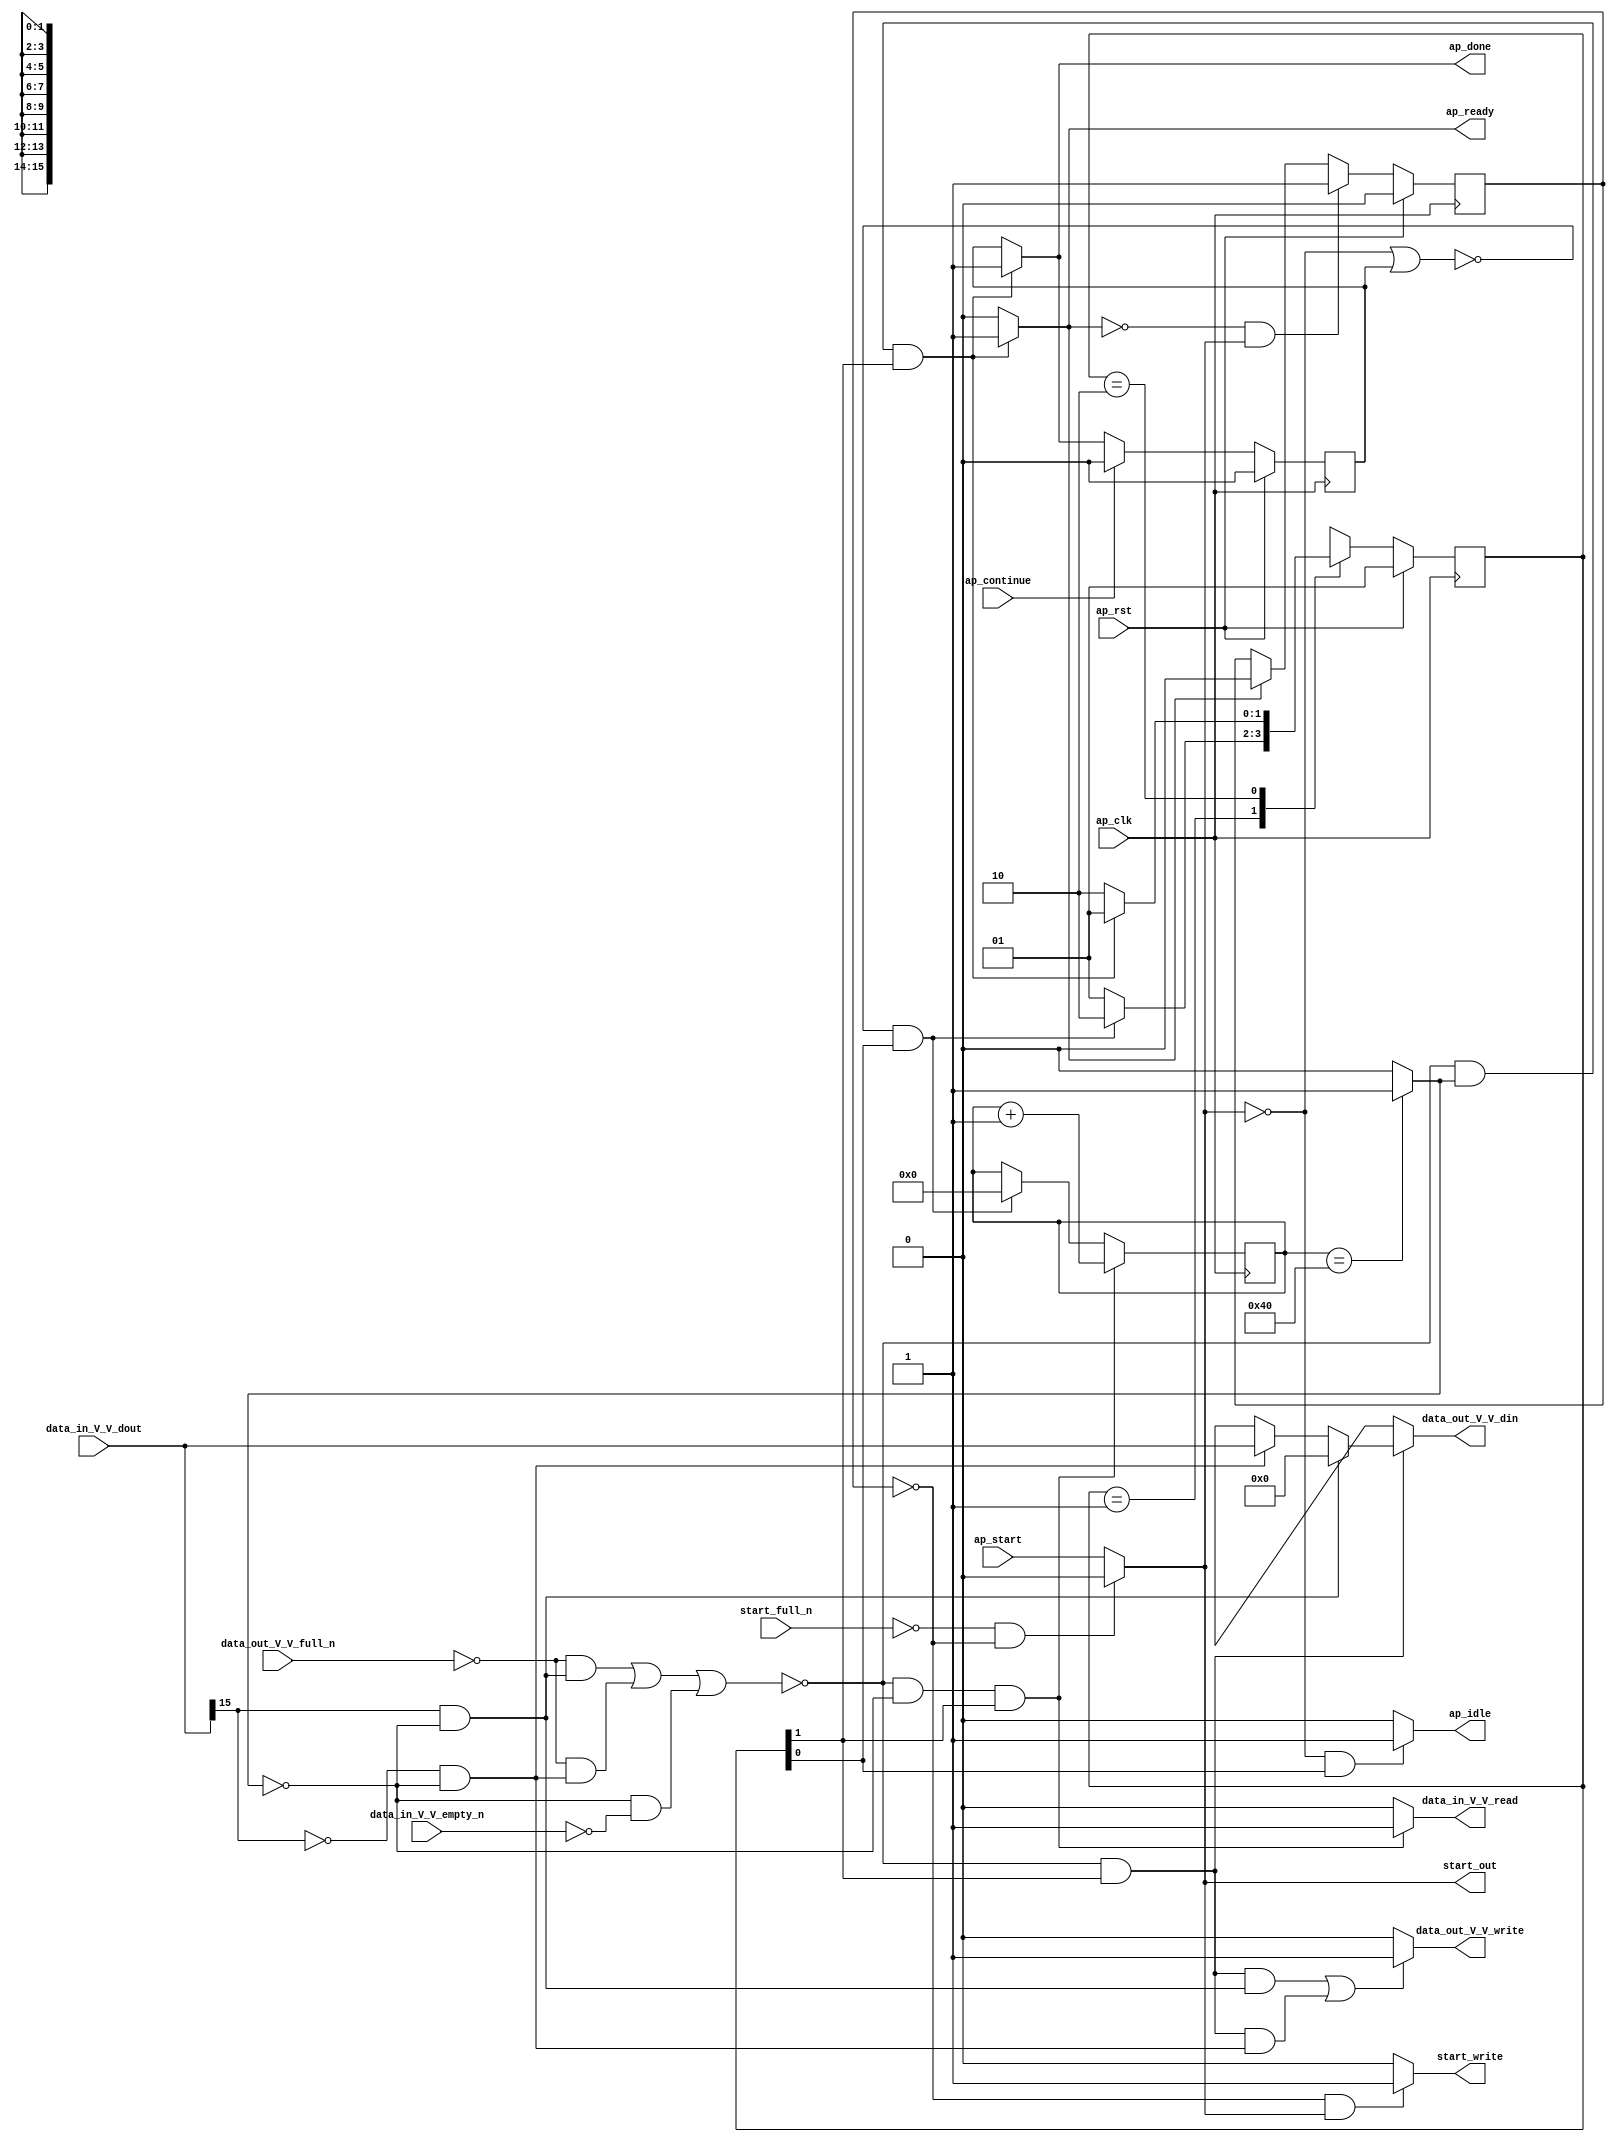
// ==============================================================
// RTL generated by Vivado(TM) HLS - High-Level Synthesis from C, C++ and SystemC
// Version: 2017.4
// Copyright (C) 1986-2017 Xilinx, Inc. All Rights Reserved.
// 
// ===========================================================

`timescale 1 ns / 1 ps 

module relu (
        ap_clk,
        ap_rst,
        ap_start,
        start_full_n,
        ap_done,
        ap_continue,
        ap_idle,
        ap_ready,
        start_out,
        start_write,
        data_in_V_V_dout,
        data_in_V_V_empty_n,
        data_in_V_V_read,
        data_out_V_V_din,
        data_out_V_V_full_n,
        data_out_V_V_write
);

parameter    ap_ST_fsm_state1 = 2'd1;
parameter    ap_ST_fsm_state2 = 2'd2;

input   ap_clk;
input   ap_rst;
input   ap_start;
input   start_full_n;
output   ap_done;
input   ap_continue;
output   ap_idle;
output   ap_ready;
output   start_out;
output   start_write;
input  [15:0] data_in_V_V_dout;
input   data_in_V_V_empty_n;
output   data_in_V_V_read;
output  [15:0] data_out_V_V_din;
input   data_out_V_V_full_n;
output   data_out_V_V_write;

reg ap_done;
reg ap_idle;
reg start_write;
reg data_in_V_V_read;
reg[15:0] data_out_V_V_din;
reg data_out_V_V_write;

reg    real_start;
reg    start_once_reg;
reg    ap_done_reg;
(* fsm_encoding = "none" *) reg   [1:0] ap_CS_fsm;
wire    ap_CS_fsm_state1;
reg    internal_ap_ready;
reg    data_in_V_V_blk_n;
wire    ap_CS_fsm_state2;
wire   [0:0] exitcond_fu_84_p2;
reg    data_out_V_V_blk_n;
wire   [0:0] tmp_fu_96_p3;
wire   [6:0] ii_1_fu_90_p2;
reg    ap_predicate_op14_write_state2;
reg    ap_predicate_op16_write_state2;
reg    ap_block_state2;
reg   [6:0] ii_reg_73;
reg    ap_block_state1;
reg   [1:0] ap_NS_fsm;
reg    ap_condition_81;

// power-on initialization
initial begin
#0 start_once_reg = 1'b0;
#0 ap_done_reg = 1'b0;
#0 ap_CS_fsm = 2'd1;
end

always @ (posedge ap_clk) begin
    if (ap_rst == 1'b1) begin
        ap_CS_fsm <= ap_ST_fsm_state1;
    end else begin
        ap_CS_fsm <= ap_NS_fsm;
    end
end

always @ (posedge ap_clk) begin
    if (ap_rst == 1'b1) begin
        ap_done_reg <= 1'b0;
    end else begin
        if ((ap_continue == 1'b1)) begin
            ap_done_reg <= 1'b0;
        end else if ((~(((data_out_V_V_full_n == 1'b0) & (ap_predicate_op16_write_state2 == 1'b1)) | ((data_out_V_V_full_n == 1'b0) & (ap_predicate_op14_write_state2 == 1'b1)) | ((exitcond_fu_84_p2 == 1'd0) & (data_in_V_V_empty_n == 1'b0))) & (exitcond_fu_84_p2 == 1'd1) & (1'b1 == ap_CS_fsm_state2))) begin
            ap_done_reg <= 1'b1;
        end
    end
end

always @ (posedge ap_clk) begin
    if (ap_rst == 1'b1) begin
        start_once_reg <= 1'b0;
    end else begin
        if (((internal_ap_ready == 1'b0) & (real_start == 1'b1))) begin
            start_once_reg <= 1'b1;
        end else if ((internal_ap_ready == 1'b1)) begin
            start_once_reg <= 1'b0;
        end
    end
end

always @ (posedge ap_clk) begin
    if ((~(((data_out_V_V_full_n == 1'b0) & (ap_predicate_op16_write_state2 == 1'b1)) | ((data_out_V_V_full_n == 1'b0) & (ap_predicate_op14_write_state2 == 1'b1)) | ((exitcond_fu_84_p2 == 1'd0) & (data_in_V_V_empty_n == 1'b0))) & (exitcond_fu_84_p2 == 1'd0) & (1'b1 == ap_CS_fsm_state2))) begin
        ii_reg_73 <= ii_1_fu_90_p2;
    end else if ((~((real_start == 1'b0) | (ap_done_reg == 1'b1)) & (1'b1 == ap_CS_fsm_state1))) begin
        ii_reg_73 <= 7'd0;
    end
end

always @ (*) begin
    if ((~(((data_out_V_V_full_n == 1'b0) & (ap_predicate_op16_write_state2 == 1'b1)) | ((data_out_V_V_full_n == 1'b0) & (ap_predicate_op14_write_state2 == 1'b1)) | ((exitcond_fu_84_p2 == 1'd0) & (data_in_V_V_empty_n == 1'b0))) & (exitcond_fu_84_p2 == 1'd1) & (1'b1 == ap_CS_fsm_state2))) begin
        ap_done = 1'b1;
    end else begin
        ap_done = ap_done_reg;
    end
end

always @ (*) begin
    if (((real_start == 1'b0) & (1'b1 == ap_CS_fsm_state1))) begin
        ap_idle = 1'b1;
    end else begin
        ap_idle = 1'b0;
    end
end

always @ (*) begin
    if (((exitcond_fu_84_p2 == 1'd0) & (1'b1 == ap_CS_fsm_state2))) begin
        data_in_V_V_blk_n = data_in_V_V_empty_n;
    end else begin
        data_in_V_V_blk_n = 1'b1;
    end
end

always @ (*) begin
    if ((~(((data_out_V_V_full_n == 1'b0) & (ap_predicate_op16_write_state2 == 1'b1)) | ((data_out_V_V_full_n == 1'b0) & (ap_predicate_op14_write_state2 == 1'b1)) | ((exitcond_fu_84_p2 == 1'd0) & (data_in_V_V_empty_n == 1'b0))) & (exitcond_fu_84_p2 == 1'd0) & (1'b1 == ap_CS_fsm_state2))) begin
        data_in_V_V_read = 1'b1;
    end else begin
        data_in_V_V_read = 1'b0;
    end
end

always @ (*) begin
    if ((((tmp_fu_96_p3 == 1'd1) & (exitcond_fu_84_p2 == 1'd0) & (1'b1 == ap_CS_fsm_state2)) | ((tmp_fu_96_p3 == 1'd0) & (exitcond_fu_84_p2 == 1'd0) & (1'b1 == ap_CS_fsm_state2)))) begin
        data_out_V_V_blk_n = data_out_V_V_full_n;
    end else begin
        data_out_V_V_blk_n = 1'b1;
    end
end

always @ (*) begin
    if ((1'b1 == ap_condition_81)) begin
        if ((ap_predicate_op16_write_state2 == 1'b1)) begin
            data_out_V_V_din = 16'd0;
        end else if ((ap_predicate_op14_write_state2 == 1'b1)) begin
            data_out_V_V_din = data_in_V_V_dout;
        end else begin
            data_out_V_V_din = 'bx;
        end
    end else begin
        data_out_V_V_din = 'bx;
    end
end

always @ (*) begin
    if (((~(((data_out_V_V_full_n == 1'b0) & (ap_predicate_op16_write_state2 == 1'b1)) | ((data_out_V_V_full_n == 1'b0) & (ap_predicate_op14_write_state2 == 1'b1)) | ((exitcond_fu_84_p2 == 1'd0) & (data_in_V_V_empty_n == 1'b0))) & (1'b1 == ap_CS_fsm_state2) & (ap_predicate_op16_write_state2 == 1'b1)) | (~(((data_out_V_V_full_n == 1'b0) & (ap_predicate_op16_write_state2 == 1'b1)) | ((data_out_V_V_full_n == 1'b0) & (ap_predicate_op14_write_state2 == 1'b1)) | ((exitcond_fu_84_p2 == 1'd0) & (data_in_V_V_empty_n == 1'b0))) & (1'b1 == ap_CS_fsm_state2) & (ap_predicate_op14_write_state2 == 1'b1)))) begin
        data_out_V_V_write = 1'b1;
    end else begin
        data_out_V_V_write = 1'b0;
    end
end

always @ (*) begin
    if ((~(((data_out_V_V_full_n == 1'b0) & (ap_predicate_op16_write_state2 == 1'b1)) | ((data_out_V_V_full_n == 1'b0) & (ap_predicate_op14_write_state2 == 1'b1)) | ((exitcond_fu_84_p2 == 1'd0) & (data_in_V_V_empty_n == 1'b0))) & (exitcond_fu_84_p2 == 1'd1) & (1'b1 == ap_CS_fsm_state2))) begin
        internal_ap_ready = 1'b1;
    end else begin
        internal_ap_ready = 1'b0;
    end
end

always @ (*) begin
    if (((start_full_n == 1'b0) & (start_once_reg == 1'b0))) begin
        real_start = 1'b0;
    end else begin
        real_start = ap_start;
    end
end

always @ (*) begin
    if (((start_once_reg == 1'b0) & (real_start == 1'b1))) begin
        start_write = 1'b1;
    end else begin
        start_write = 1'b0;
    end
end

always @ (*) begin
    case (ap_CS_fsm)
        ap_ST_fsm_state1 : begin
            if ((~((real_start == 1'b0) | (ap_done_reg == 1'b1)) & (1'b1 == ap_CS_fsm_state1))) begin
                ap_NS_fsm = ap_ST_fsm_state2;
            end else begin
                ap_NS_fsm = ap_ST_fsm_state1;
            end
        end
        ap_ST_fsm_state2 : begin
            if ((~(((data_out_V_V_full_n == 1'b0) & (ap_predicate_op16_write_state2 == 1'b1)) | ((data_out_V_V_full_n == 1'b0) & (ap_predicate_op14_write_state2 == 1'b1)) | ((exitcond_fu_84_p2 == 1'd0) & (data_in_V_V_empty_n == 1'b0))) & (exitcond_fu_84_p2 == 1'd1) & (1'b1 == ap_CS_fsm_state2))) begin
                ap_NS_fsm = ap_ST_fsm_state1;
            end else if ((~(((data_out_V_V_full_n == 1'b0) & (ap_predicate_op16_write_state2 == 1'b1)) | ((data_out_V_V_full_n == 1'b0) & (ap_predicate_op14_write_state2 == 1'b1)) | ((exitcond_fu_84_p2 == 1'd0) & (data_in_V_V_empty_n == 1'b0))) & (exitcond_fu_84_p2 == 1'd0) & (1'b1 == ap_CS_fsm_state2))) begin
                ap_NS_fsm = ap_ST_fsm_state2;
            end else begin
                ap_NS_fsm = ap_ST_fsm_state2;
            end
        end
        default : begin
            ap_NS_fsm = 'bx;
        end
    endcase
end

assign ap_CS_fsm_state1 = ap_CS_fsm[32'd0];

assign ap_CS_fsm_state2 = ap_CS_fsm[32'd1];

always @ (*) begin
    ap_block_state1 = ((real_start == 1'b0) | (ap_done_reg == 1'b1));
end

always @ (*) begin
    ap_block_state2 = (((data_out_V_V_full_n == 1'b0) & (ap_predicate_op16_write_state2 == 1'b1)) | ((data_out_V_V_full_n == 1'b0) & (ap_predicate_op14_write_state2 == 1'b1)) | ((exitcond_fu_84_p2 == 1'd0) & (data_in_V_V_empty_n == 1'b0)));
end

always @ (*) begin
    ap_condition_81 = (~(((data_out_V_V_full_n == 1'b0) & (ap_predicate_op16_write_state2 == 1'b1)) | ((data_out_V_V_full_n == 1'b0) & (ap_predicate_op14_write_state2 == 1'b1)) | ((exitcond_fu_84_p2 == 1'd0) & (data_in_V_V_empty_n == 1'b0))) & (1'b1 == ap_CS_fsm_state2));
end

always @ (*) begin
    ap_predicate_op14_write_state2 = ((tmp_fu_96_p3 == 1'd0) & (exitcond_fu_84_p2 == 1'd0));
end

always @ (*) begin
    ap_predicate_op16_write_state2 = ((tmp_fu_96_p3 == 1'd1) & (exitcond_fu_84_p2 == 1'd0));
end

assign ap_ready = internal_ap_ready;

assign exitcond_fu_84_p2 = ((ii_reg_73 == 7'd64) ? 1'b1 : 1'b0);

assign ii_1_fu_90_p2 = (ii_reg_73 + 7'd1);

assign start_out = real_start;

assign tmp_fu_96_p3 = data_in_V_V_dout[32'd15];

endmodule //relu